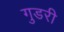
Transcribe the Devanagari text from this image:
गुडरी